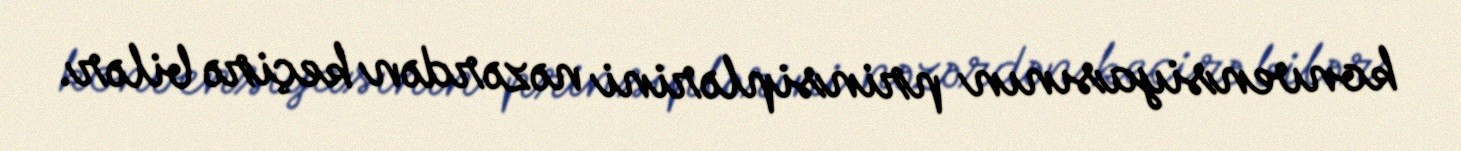
konvensiyasının prinsiplərini nəzərdən keçirə bilər.